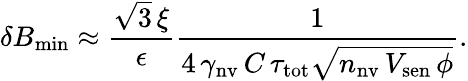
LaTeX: \delta B_{\mathrm{min}}\approx\frac{\sqrt{3}\, \xi}{\epsilon}\frac{1}{4\, \gamma_{\mathrm{nv}}\, C\, \tau_{\mathrm{tot}}\sqrt{n_{\mathrm{nv}}\, V_{\mathrm{sen}}\, \phi}}.